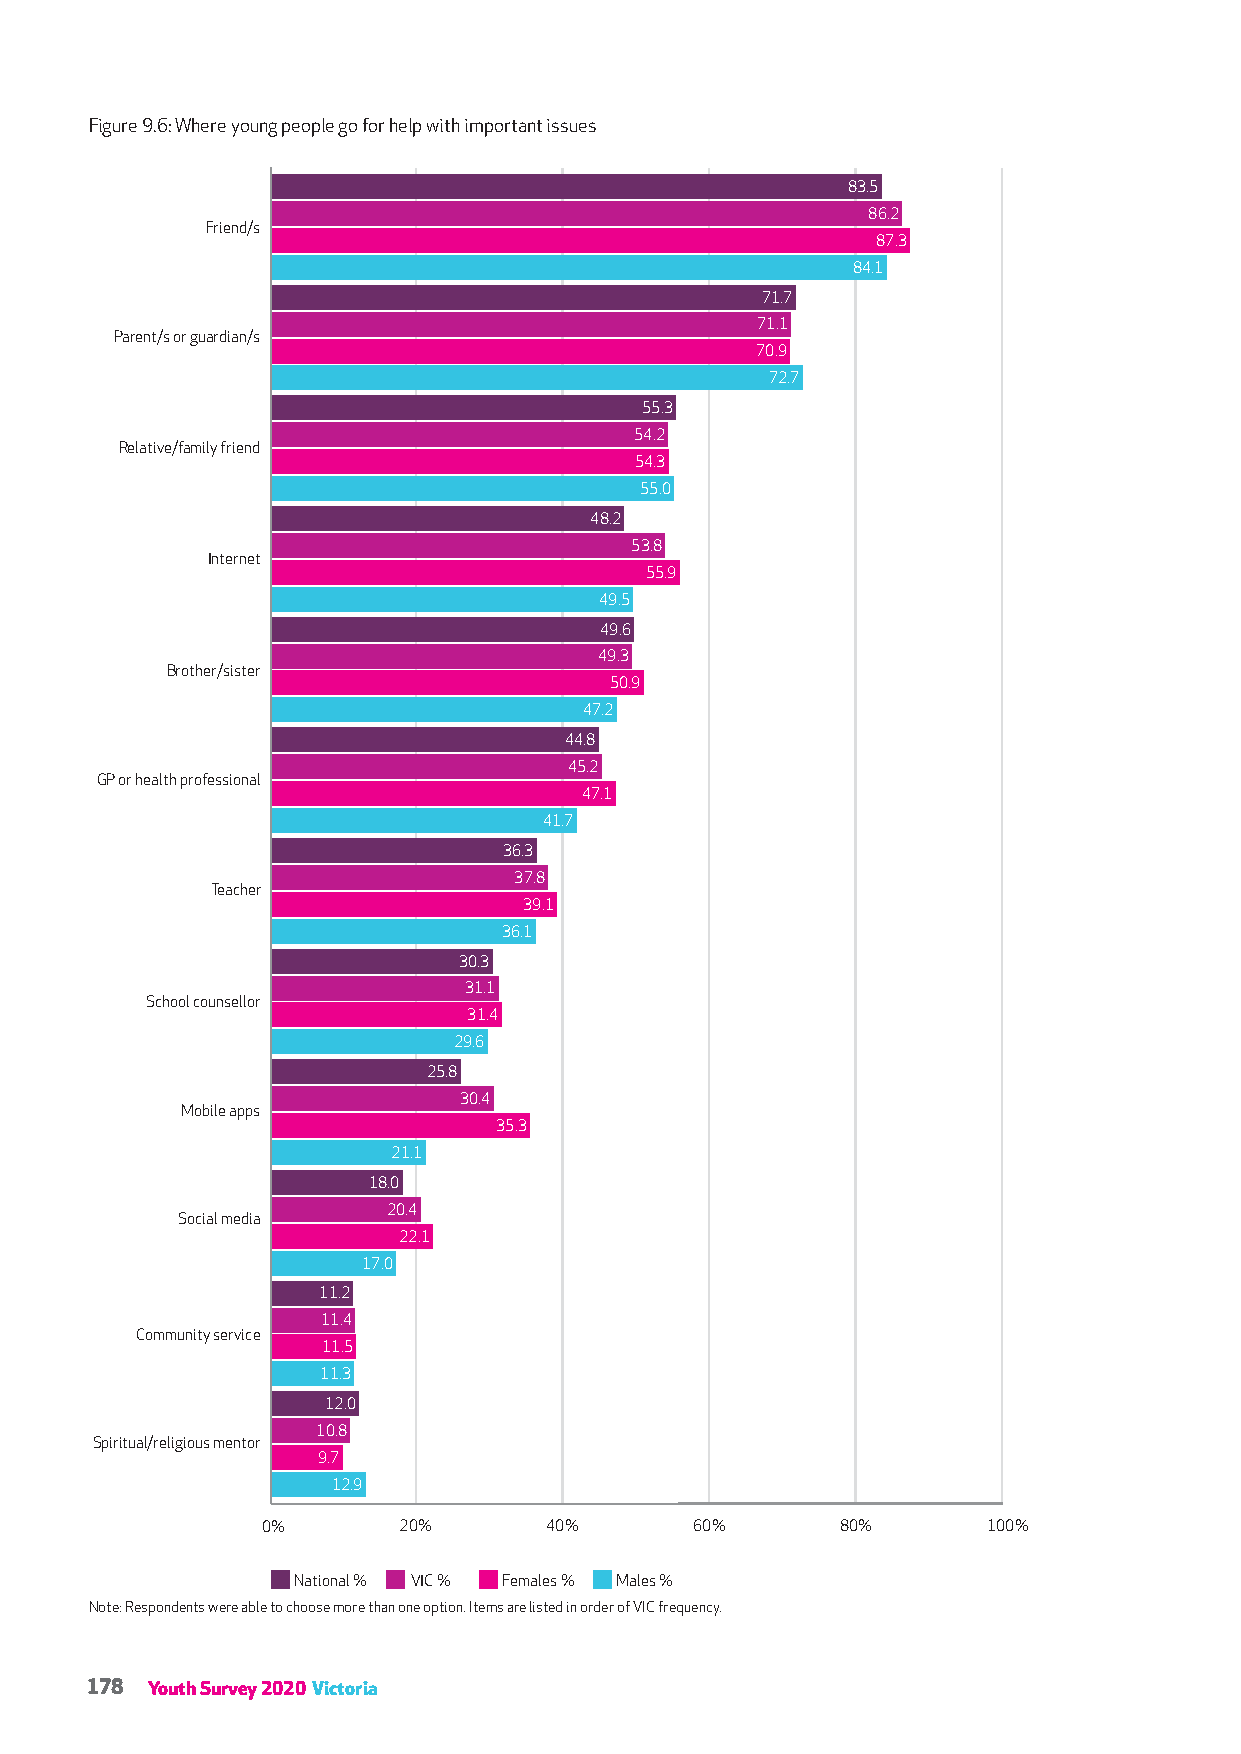
Figure 9.6: Where young people go for help with important issues
 83.5
 86.2
 Friend/s
 87.3
 84.1
 71.7
 71.1
 Parent/s or guardian/s
 70.9
 72.7
 55.3
 54.2
 Relative/family friend
 54.3
 55.0
 48.2
 53.8
 Internet
 55.9
 49.5
 49.6
 49.3
 Brother/sister
 50.9
 47.2
 44.8
 45.2
 GP or health professional
 47.1
 41.7
 36.3
 37.8
 Teacher
 39.1
 36.1
 30.3
 31.1
 School counsellor
 31.4
 29.6
 25.8
 30.4
 Mobile apps
 35.3
 21.1
 18.0
 20.4
 Social media
 22.1
 17.0
 11.2
 11.4
 Community service
 11.5
 11.3
 12.0
 10.8
 Spiritual/religious mentor
 9.7
 12.9
 0%       20%       40%       60%       80%      100%
 National % VIC % Females % Males %
 Note: Respondents were able to choose more than one option. Items are listed in order of VIC frequency.
 178 Youth Survey 2020 Victoria